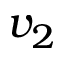
v _ { 2 }